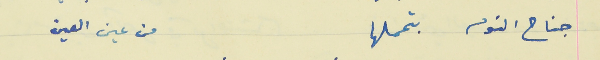
جناح النوم بتحملها                          من عين العين